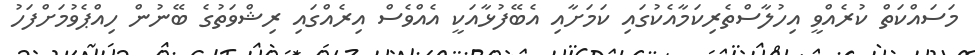
މަސައްކަތް ކުރެއްވީ އިހުލާސްތެރިކަމާއެކުގައި ކަމަށާއި އެބޭފުޅާއަކީ އެއްވެސް އިރެއްގައި ރިޝްވަތުގެ ބޭނުން ހިއްޕެވުމަށްފަހު